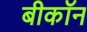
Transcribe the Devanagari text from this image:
बीकॉन